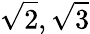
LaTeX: {\sqrt{2}},{\sqrt{3}}